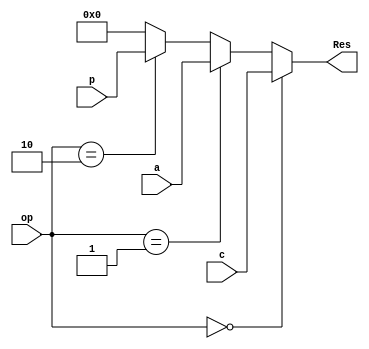
`timescale 1ns / 1ps

module op_MUX (c, a, p, Res, op);
	
	parameter N = 8;	
	
	input [N-1:0] c, a, p;
	input [1:0] op;
	output reg [N-1:0] Res;
	
	always @ (*)
	begin
		if (op == 2'b00)
			Res = c;
		else if (op == 2'b01)
			Res = a;
		else if (op == 2'b10)
			Res = p;
		else 
			Res = 8'b0;
	end
	
endmodule